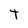
Character: T